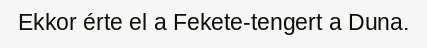
Ekkor érte el a Fekete-tengert a Duna.